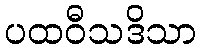
ပထဝီသဒိသာ